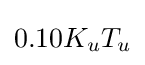
0.10K_{u}T_{u}